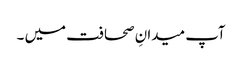
آپ میدانِ صحافت میں ۔